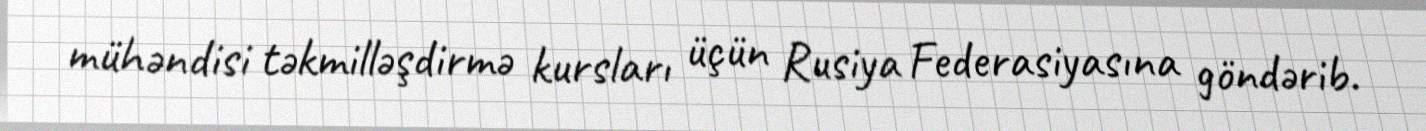
mühəndisi təkmilləşdirmə kursları üçün Rusiya Federasiyasına göndərib.